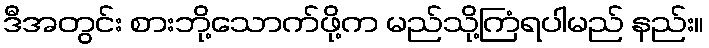
ဒီအတွင်း စားဘို့သောက်ဖို့က မည်သို့ကြံရပါမည် နည်း။